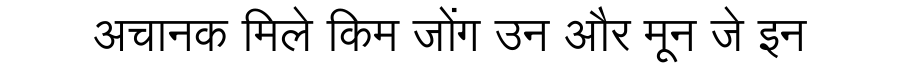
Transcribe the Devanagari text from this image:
अचानक मिले किम जोंग उन और मून जे इन